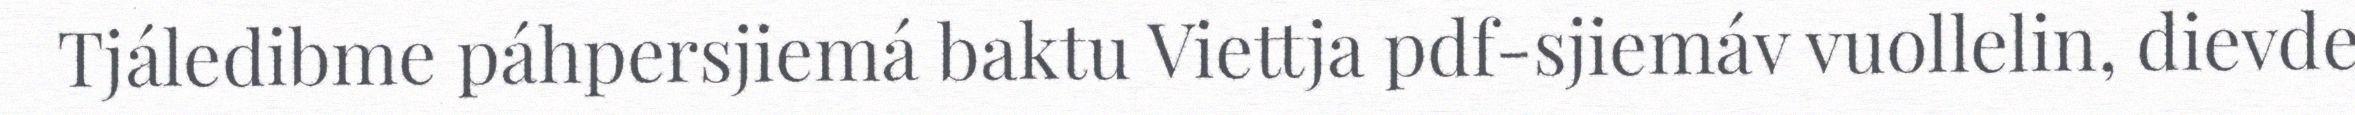
Tjáledibme páhpersjiemá baktu Viettja pdf-sjiemáv vuollelin, dievde